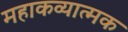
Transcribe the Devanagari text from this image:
महाकव्यात्मक